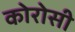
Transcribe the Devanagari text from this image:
कोरोसी